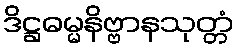
ဒိဋ္ဌဓမ္မနိဗ္ဗာနသုတ္တံ